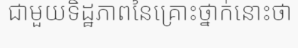
ជាមួយទិដ្ឋភាពនៃគ្រោះថ្នាក់នោះថា